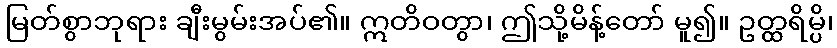
မြတ်စွာဘုရား ချီးမွမ်းအပ်၏။ ဣတိဝတွာ၊ ဤသို့မိန့်တော် မူ၍။ ဥတ္ထရိမ္ပိ၊